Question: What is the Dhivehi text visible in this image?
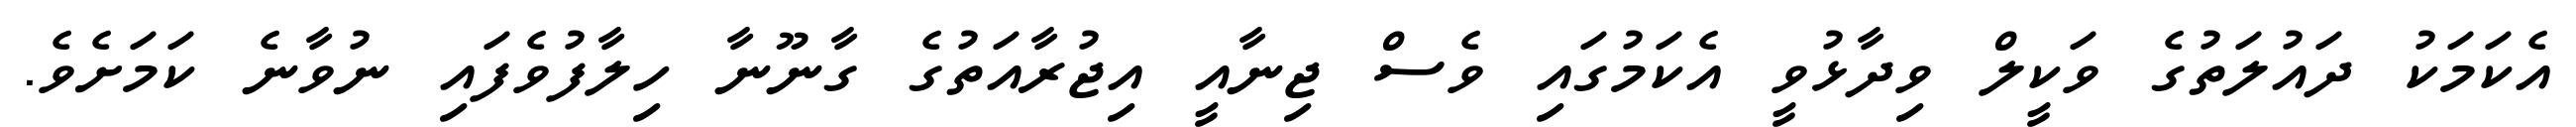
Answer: އެކަމަކު ދައުލަތުގެ ވަކީލް ވިދާޅުވީ އެކަމުގައި ވެސް ޖިނާއީ އިޖުރާއަތުގެ ގާނޫނާ ހިލާފުވެފައި ނުވާނެ ކަމަށެވެ.